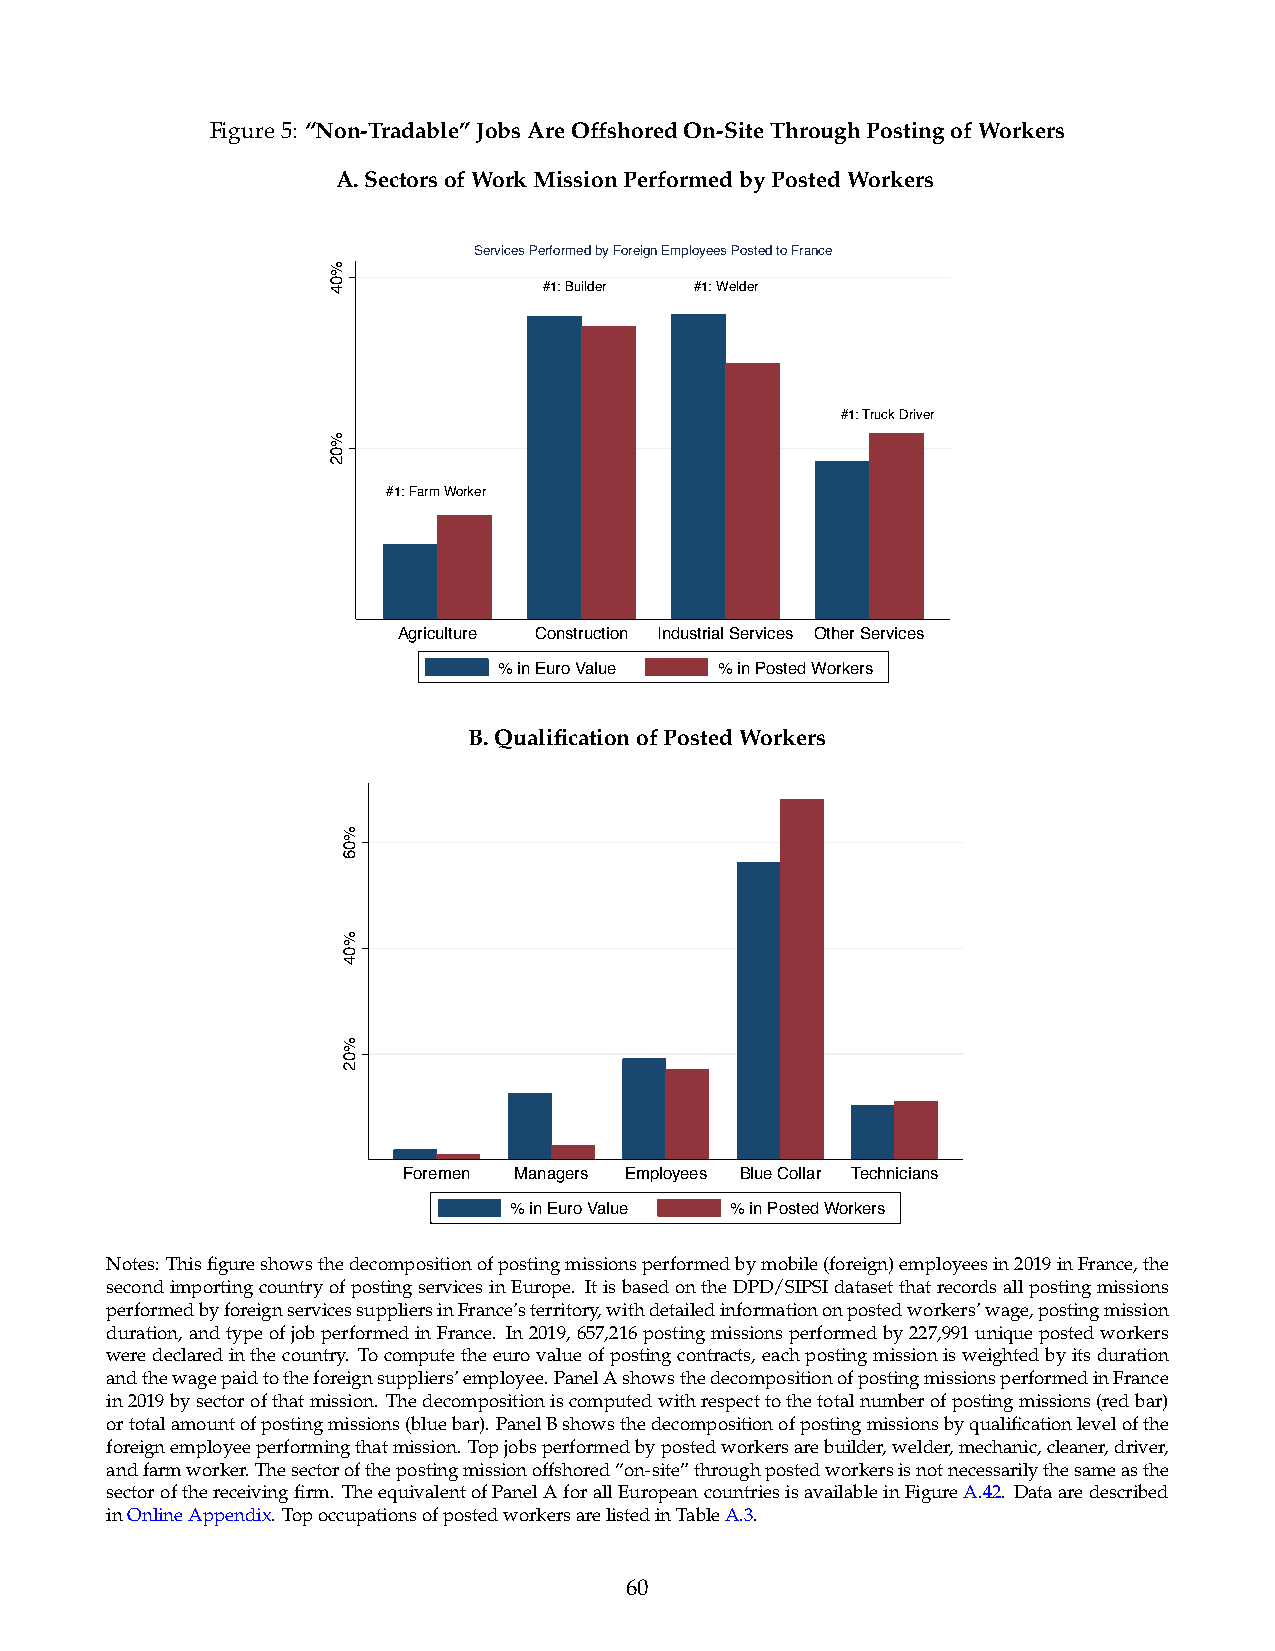
Figure5: “Non-Tradable”JobsAreOffshoredOn-SiteThroughPostingofWorkers
 A.SectorsofWorkMissionPerformedbyPostedWorkers
 Services Performed by Foreign Employees Posted to France
 #1: Builder #1: Welder
 #1: Truck Driver
 #1: Farm Worker
 Agriculture Construction Industrial Services Other Services
 % in Euro Value % in Posted Workers
 B.QualificationofPostedWorkers
 Foremen Managers Employees Blue Collar Technicians
 % in Euro Value % in Posted Workers
 Notes: Thisfigureshowsthedecompositionofpostingmissionsperformedbymobile(foreign)employeesin2019inFrance,the
 secondimportingcountryofpostingservicesinEurope. ItisbasedontheDPD/SIPSIdatasetthatrecordsallpostingmissions
 performedbyforeignservicessuppliersinFrance’sterritory,withdetailedinformationonpostedworkers’wage,postingmission
 duration,andtypeofjobperformedinFrance. In2019,657,216postingmissionsperformedby227,991uniquepostedworkers
 weredeclaredinthecountry. Tocomputetheeurovalueofpostingcontracts,eachpostingmissionisweightedbyitsduration
 andthewagepaidtotheforeignsuppliers’employee.PanelAshowsthedecompositionofpostingmissionsperformedinFrance
 in2019bysectorofthatmission. Thedecompositioniscomputedwithrespecttothetotalnumberofpostingmissions(redbar)
 ortotalamountofpostingmissions(bluebar).PanelBshowsthedecompositionofpostingmissionsbyqualificationlevelofthe
 foreignemployeeperformingthatmission. Topjobsperformedbypostedworkersarebuilder,welder,mechanic,cleaner,driver,
 andfarmworker.Thesectorofthepostingmissionoffshored“on-site”throughpostedworkersisnotnecessarilythesameasthe
 sectorofthereceivingfirm. TheequivalentofPanelAforallEuropeancountriesisavailableinFigureA.42. Dataaredescribed
 inOnlineAppendix.TopoccupationsofpostedworkersarelistedinTableA.3.
 60
 %04
 %02
 %06
 %04
 %02